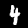
Digit: 4